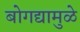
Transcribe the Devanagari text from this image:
बोगद्यामुळे